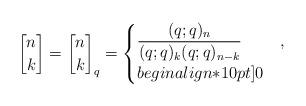
LaTeX: \begin{align*}{n\brack k}={n\brack k}_q=\begin{cases}\displaystyle\frac{(q;q)_n}{(q;q)_k(q;q)_{n-k}} &,\\begin{align*}10pt]0 &\end{cases}\end{align*}